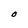
Character: o